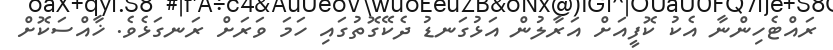
ރައްޓެހިންނާ އެކު ކޮފީއަށް އަރާލުން އަޅުގަނޑު ދެކޭގޮތުގައި ހަމަ ވަރަށް ރަނގަޅެވެ. ޚާއްސަކޮށް